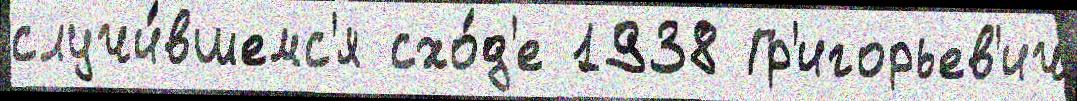
случи́вшемс'я схо́д'е 1938 Гр'игорьев'ич